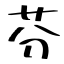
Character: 芬